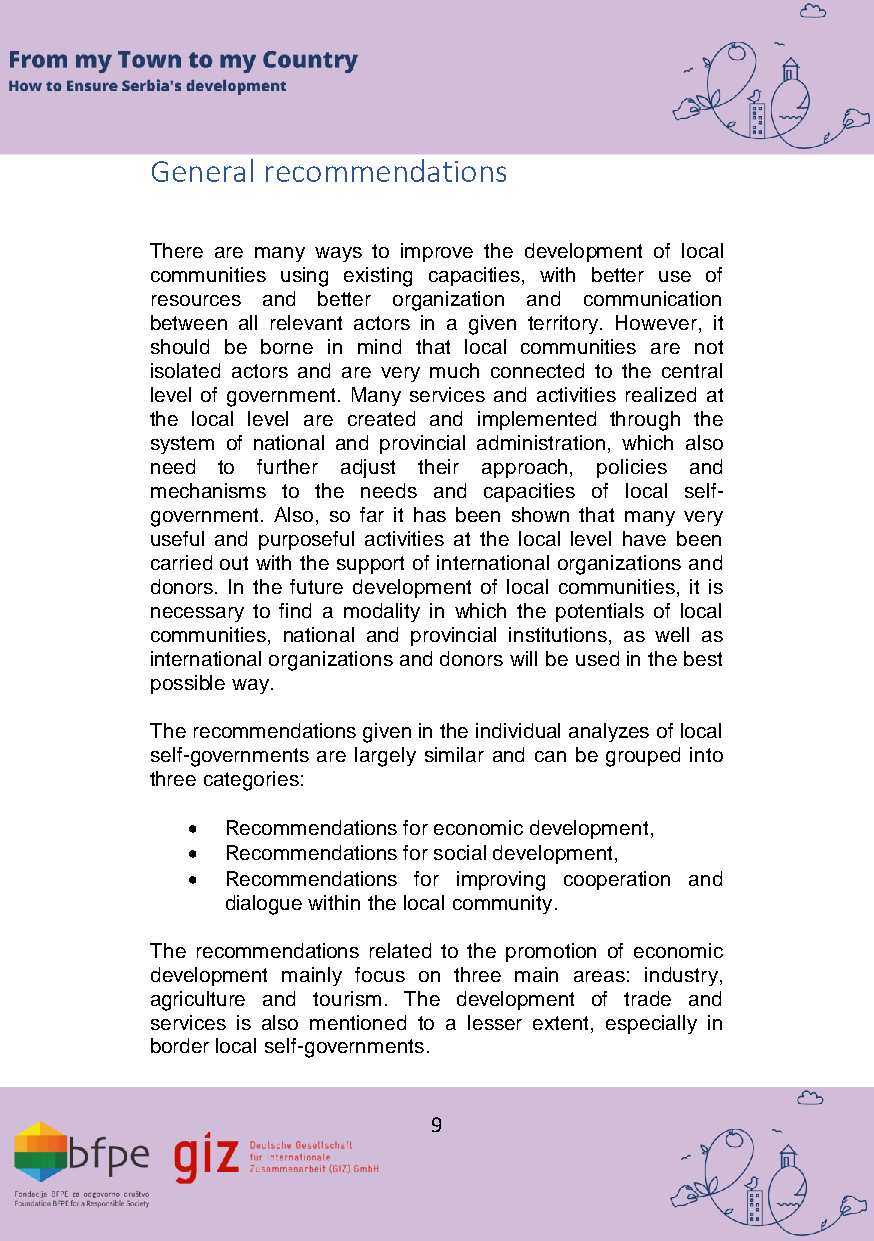
General recommendations
 There are many ways to improve the development of local
 communities using existing capacities, with better use of
 resources and better organization and communication
 between all relevant actors in a given territory. However, it
 should be borne in mind that local communities are not
 isolated actors and are very much connected to the central
 level of government. Many services and activities realized at
 the local level are created and implemented through the
 system of national and provincial administration, which also
 need to further adjust their approach, policies and
 mechanisms to the needs and capacities of local self-
 government. Also, so far it has been shown that many very
 useful and purposeful activities at the local level have been
 carried out with the support of international organizations and
 donors. In the future development of local communities, it is
 necessary to find a modality in which the potentials of local
 communities, national and provincial institutions, as well as
 international organizations and donors will be used in the best
 possible way.
 The recommendations given in the individual analyzes of local
 self-governments are largely similar and can be grouped into
 three categories:
   Recommendations for economic development,
   Recommendations for social development,
   Recommendations for improving cooperation and
 dialogue within the local community.
 The recommendations related to the promotion of economic
 development mainly focus on three main areas: industry,
 agriculture and tourism. The development of trade and
 services is also mentioned to a lesser extent, especially in
 border local self-governments.
 9